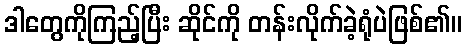
ဒါတွေကိုကြည့်ပြီး ဆိုင်ကို တန်းလိုက်ခဲ့ရုံပဲဖြစ်၏။